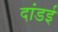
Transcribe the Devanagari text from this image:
दांडई